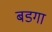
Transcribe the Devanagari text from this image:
बडगा